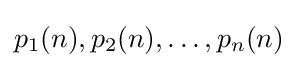
p_{1}(n),p_{2}(n),\dots ,p_{n}(n)